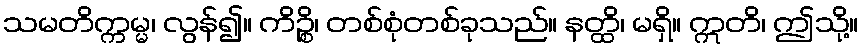
သမတိက္ကမ္မ၊ လွန်၍။ ကိဉ္စိ၊ တစ်စုံတစ်ခုသည်။ နတ္ထိ၊ မရှိ။ ဣတိ၊ ဤသို့။